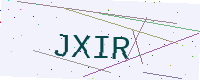
Text: JXIR